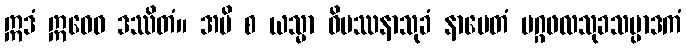
ဣဒံ ဣဓေဝ ဒဿိတံ။ အပိ စ ယသ္မာ ဝိပဿနာသုခံ နာမေတံ မဂ္ဂဖလသုခသမ္ပာဒကံ